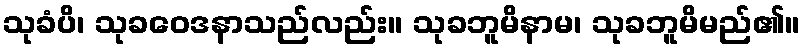
သုခံပိ၊ သုခဝေဒနာသည်လည်း။ သုခဘူမိနာမ၊ သုခဘူမိမည်၏။